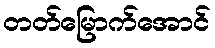
တတ်မြောက်အောင်